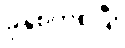
ခုနှစ်ကစပြီး